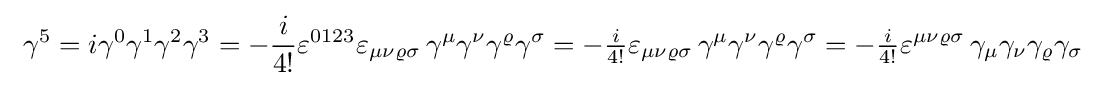
\ \gamma ^{5}=i\gamma ^{0}\gamma ^{1}\gamma ^{2}\gamma ^{3}=-{\frac {i}{4!}}\varepsilon ^{0123}\varepsilon _{\mu \nu \varrho \sigma }\,\gamma ^{\mu }\gamma ^{\nu }\gamma ^{\varrho }\gamma ^{\sigma }=-{\tfrac {i}{4!}}\varepsilon _{\mu \nu \varrho \sigma }\,\gamma ^{\mu }\gamma ^{\nu }\gamma ^{\varrho }\gamma ^{\sigma }=-{\tfrac {i}{4!}}\varepsilon ^{\mu \nu \varrho \sigma }\,\gamma _{\mu }\gamma _{\nu }\gamma _{\varrho }\gamma _{\sigma }